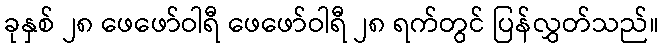
ခုနှစ် ၂၈ ဖေဖော်ဝါရီ ဖေဖော်ဝါရီ ၂၈ ရက်တွင် ပြန်လွှတ်သည်။